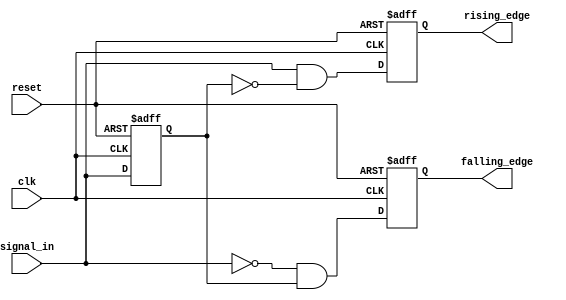
module DualEdgeDetector (
    input wire clk,              // Clock input
    input wire reset,            // Asynchronous reset
    input wire signal_in,        // Input signal to detect edges
    output reg rising_edge,      // Output signal for rising edge detection
    output reg falling_edge      // Output signal for falling edge detection
);
    
    reg signal_in_prev;          // Memory block for storing previous input state

    // Always block triggered on the rising edge of the clock or reset
    always @(posedge clk or posedge reset) begin
        if (reset) begin
            signal_in_prev <= 1'b0; // Reset previous signal state to 0
            rising_edge <= 1'b0;     // Reset rising edge output
            falling_edge <= 1'b0;    // Reset falling edge output
        end else begin
            // Edge detection logic
            rising_edge <= (signal_in == 1'b1 && signal_in_prev == 1'b0); // Rising edge detected
            falling_edge <= (signal_in == 1'b0 && signal_in_prev == 1'b1); // Falling edge detected
            
            // Update the previous state of the input signal
            signal_in_prev <= signal_in;
        end
    end
endmodule